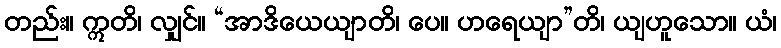
တည်း။ ဣတိ၊ လျှင်။ “အာဒိယေယျာတိ၊ ပေ။ ဟရေယျာ”တိ၊ ယျဟူသော။ ယံ၊